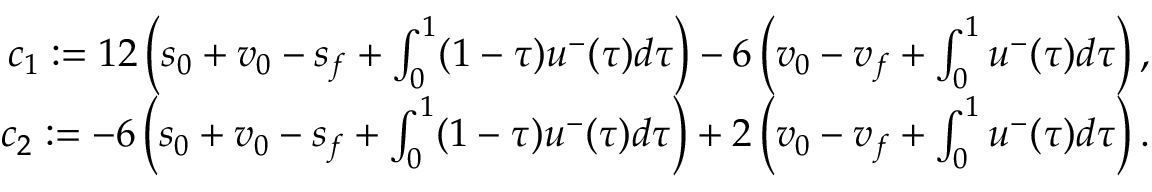
\begin{array} { r l r } & { } & { c _ { 1 } : = 1 2 \left( s _ { 0 } + v _ { 0 } - s _ { f } + \int _ { 0 } ^ { 1 } ( 1 - \tau ) u ^ { - } ( \tau ) d \tau \right) - 6 \left( v _ { 0 } - v _ { f } + \int _ { 0 } ^ { 1 } u ^ { - } ( \tau ) d \tau \right) , } \\ & { } & { c _ { 2 } : = - 6 \left( s _ { 0 } + v _ { 0 } - s _ { f } + \int _ { 0 } ^ { 1 } ( 1 - \tau ) u ^ { - } ( \tau ) d \tau \right) + 2 \left( v _ { 0 } - v _ { f } + \int _ { 0 } ^ { 1 } u ^ { - } ( \tau ) d \tau \right) . } \end{array}